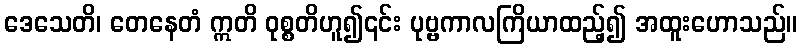
ဒေသေတိ၊ တေနေတံ ဣတိ ဝုစ္စတိဟူ၍၎င်း ပုဗ္ဗကာလကြိယာထည့်၍ အထူးဟောသည်။